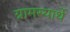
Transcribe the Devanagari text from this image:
ग्रामस्यार्थे